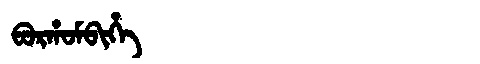
Manchu: ᠪᠣᡵᡥᠣᠮᠪᡳᡥᡝ
Romanization: BORHOMBIHE